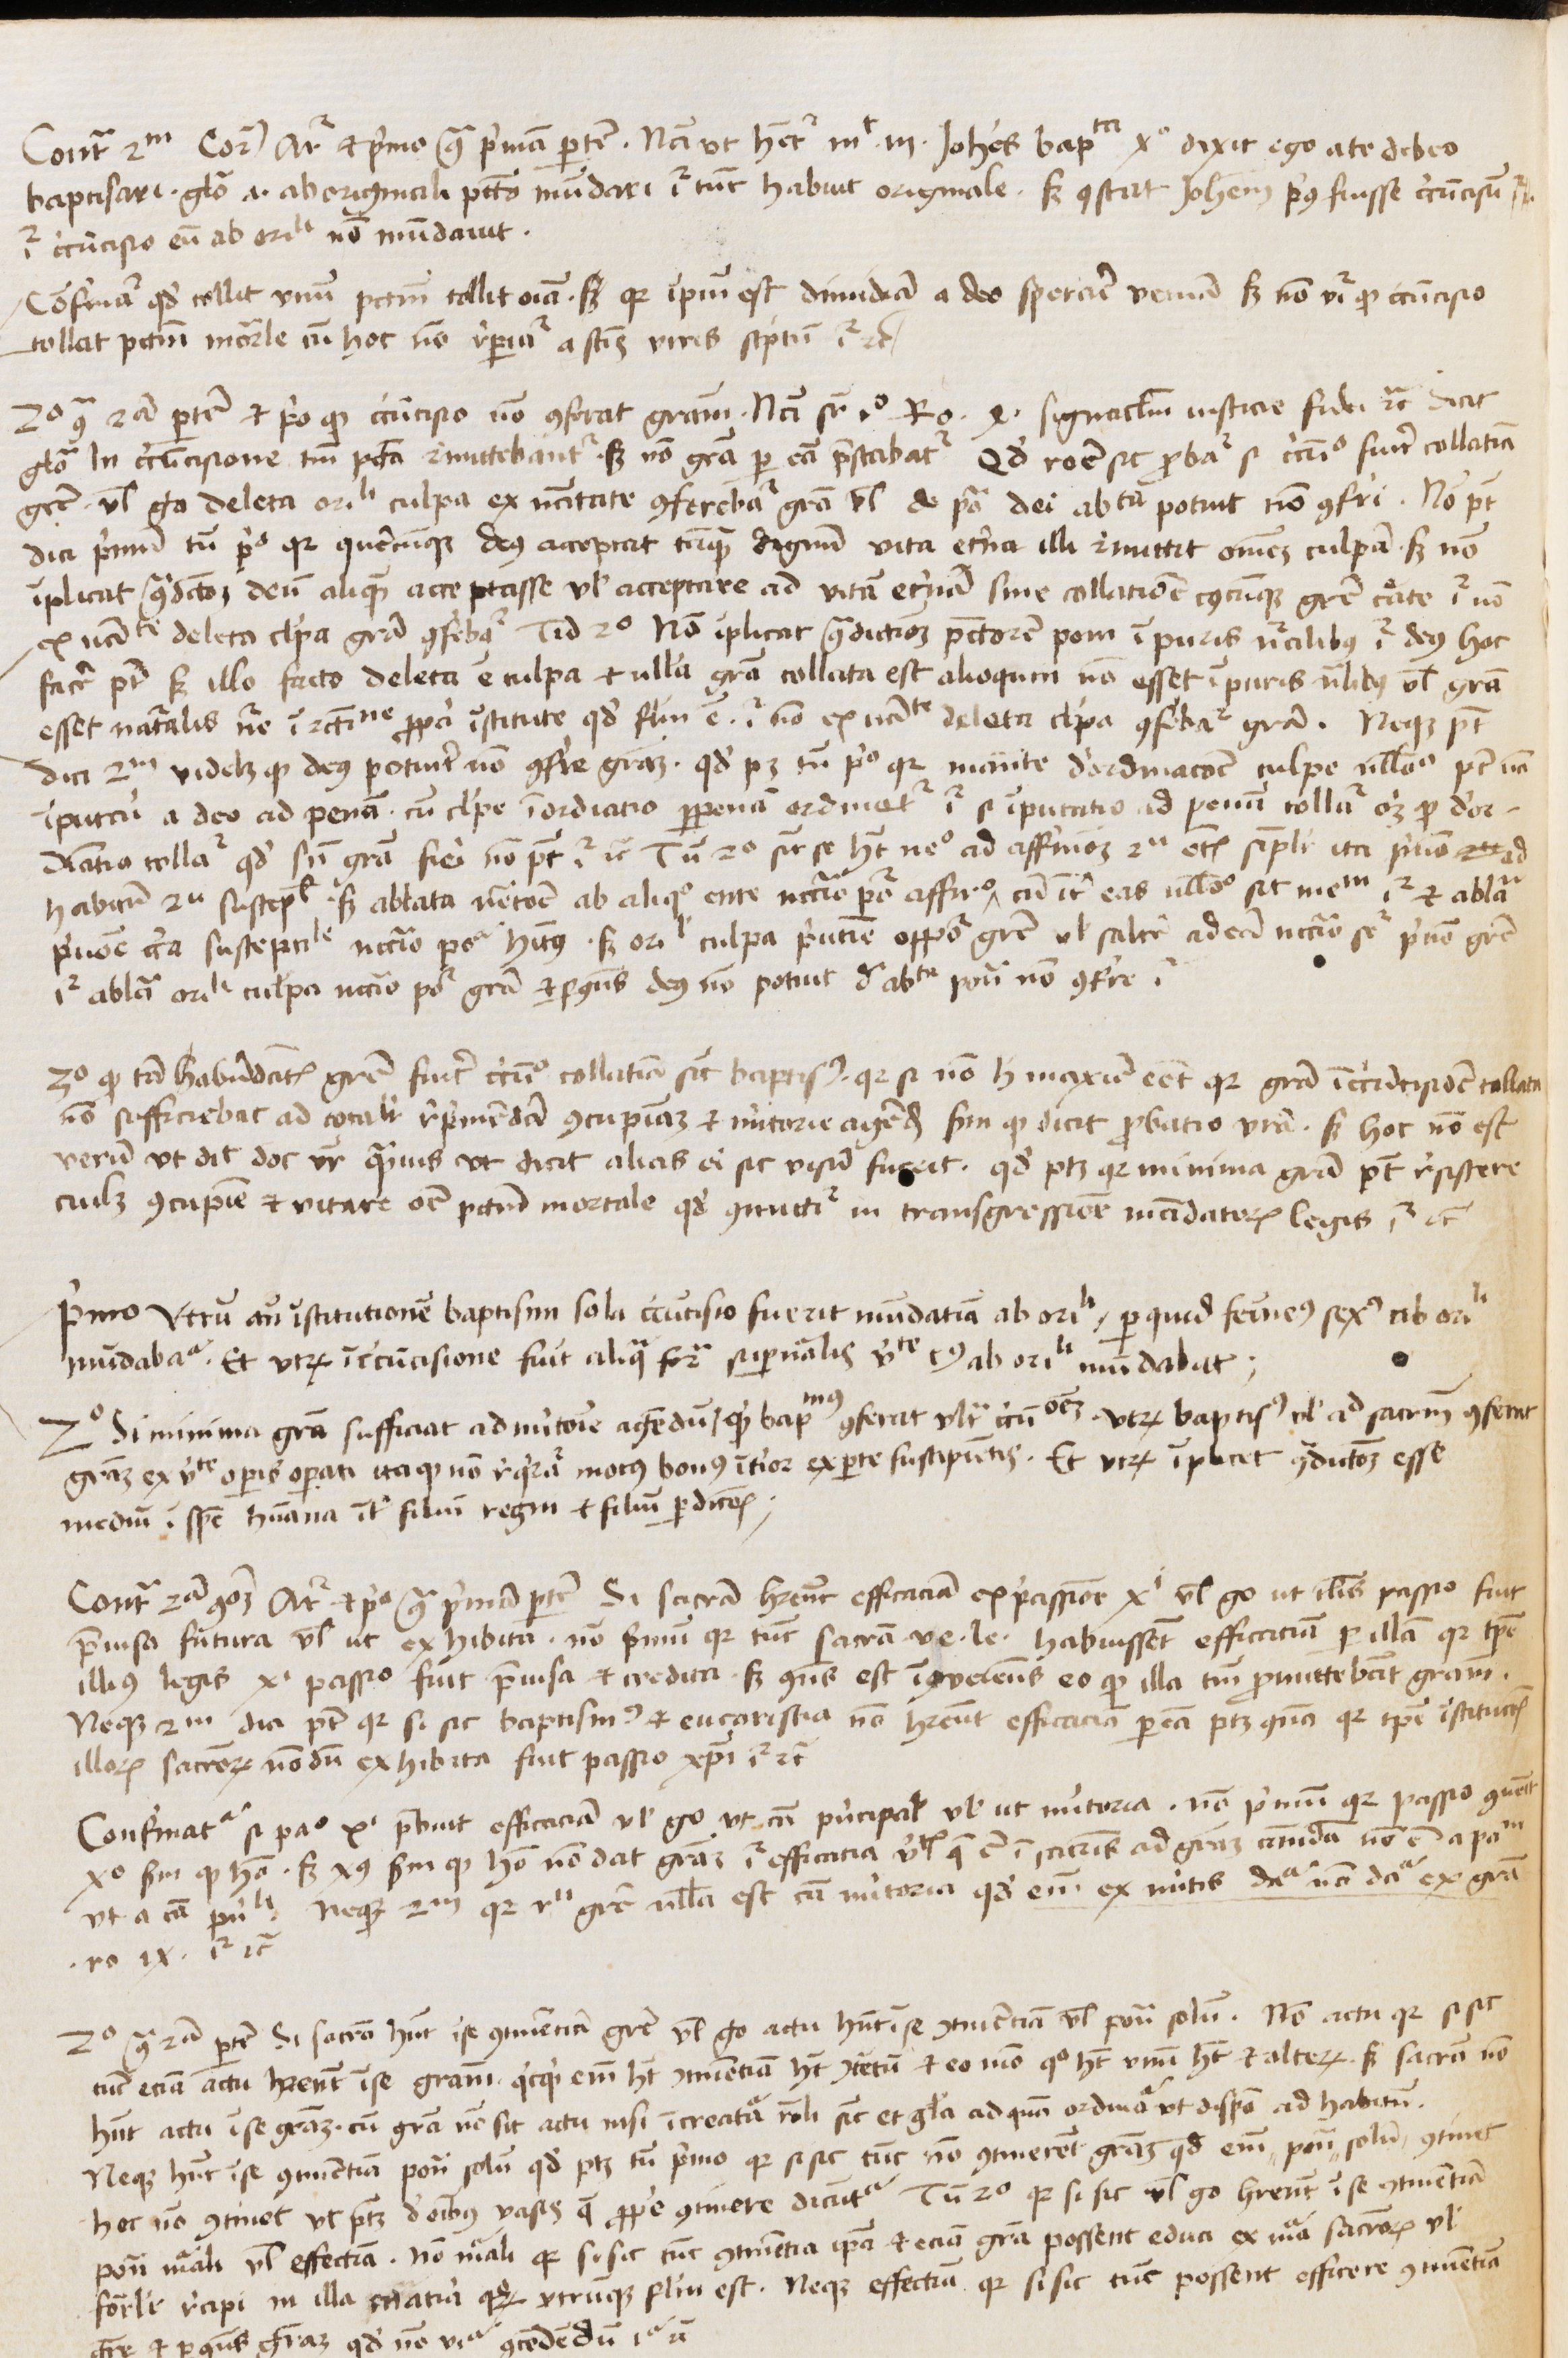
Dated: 1450–1474